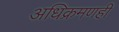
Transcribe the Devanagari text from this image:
अधिक्रमणही